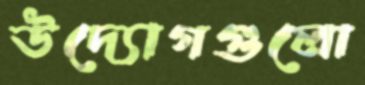
উদ্যোগগুলো